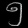
Digit: ၅